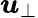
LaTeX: \boldsymbol{u}_{\perp}